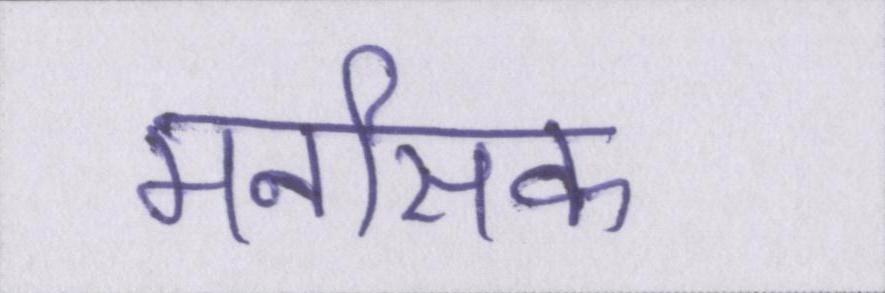
मनसिक